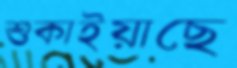
শুকাইয়াছে